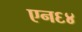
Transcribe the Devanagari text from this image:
एन६४